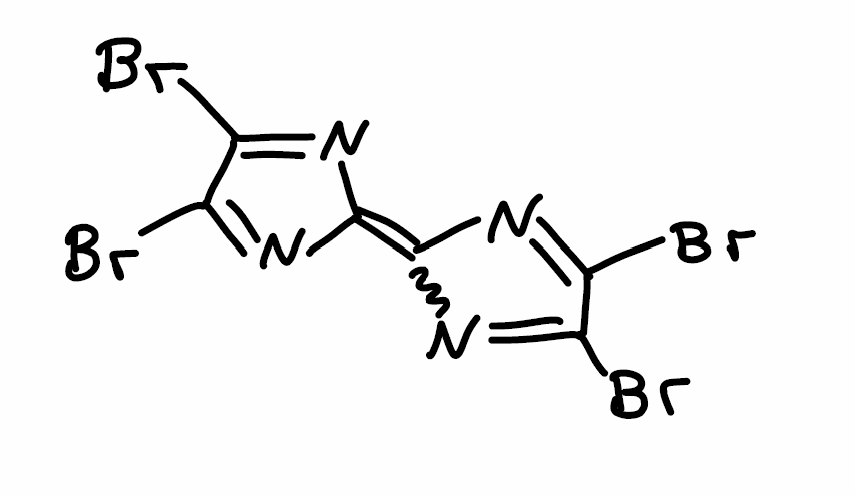
Simplified molecular-input line-entry system (SMILES) notation of the given molecule:
C1(=C2N=C(C(=N2)Br)Br)N=C(C(=N1)Br)Br